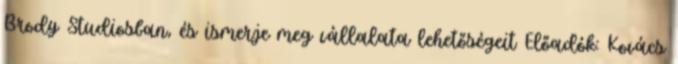
Brody Studiosban, és ismerje meg vállalata lehetőségeit Előadók: Kovács